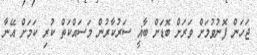
ޖަހަން ފޮނުވުމަށް ވަރަށް ބޮޑަށް ބާޣީ ސަރުކާރުން މަސައްކަތް ކުރި ކަމަށް އޭނާ